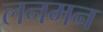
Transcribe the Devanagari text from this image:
लनमन